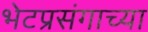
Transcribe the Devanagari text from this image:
भेटप्रसंगाच्या